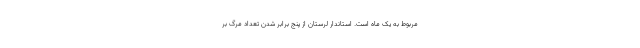
مربوط به یک ماه است. استاندار لرستان از پنج برابر شدن تعداد مرگ بر